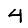
Digit: 4